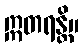
ဣတရန္တိ။